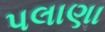
પલાણા